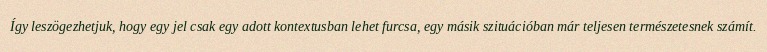
Így leszögezhetjuk, hogy egy jel csak egy adott kontextusban lehet furcsa, egy másik szituációban már teljesen természetesnek számít.